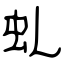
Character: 虬